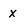
Character: x